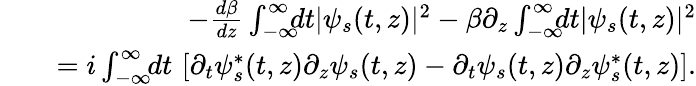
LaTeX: \begin{array}{rlr}&{}&{\! \! \! \! \! \! \! \! \! \! -\frac{d\beta}{dz}\int_{-\infty}^{\infty}\! \! \! dt|\psi_{s}(t,z)|^{2}-\beta\partial_{z}\int_{-\infty}^{\infty}\! \! \! dt|\psi_{s}(t,z)|^{2}}\\ &{}&{=i\int_{-\infty}^{\infty}\! \! dt\, \left[\partial_{t}\psi_{s}^{*}(t,z)\partial_{z}\psi_{s}(t,z)-\partial_{t}\psi_{s}(t,z)\partial_{z}\psi_{s}^{*}(t,z)\right].}\end{array}